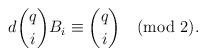
LaTeX: \begin{align*}d\binom {q} {i}B_{i}\equiv \binom {q} {i} \pmod{2}.\end{align*}